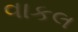
વાકલ